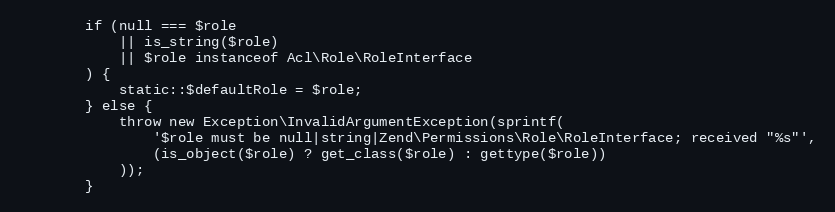
Language: PHP
        if (null === $role
            || is_string($role)
            || $role instanceof Acl\Role\RoleInterface
        ) {
            static::$defaultRole = $role;
        } else {
            throw new Exception\InvalidArgumentException(sprintf(
                '$role must be null|string|Zend\Permissions\Role\RoleInterface; received "%s"',
                (is_object($role) ? get_class($role) : gettype($role))
            ));
        }